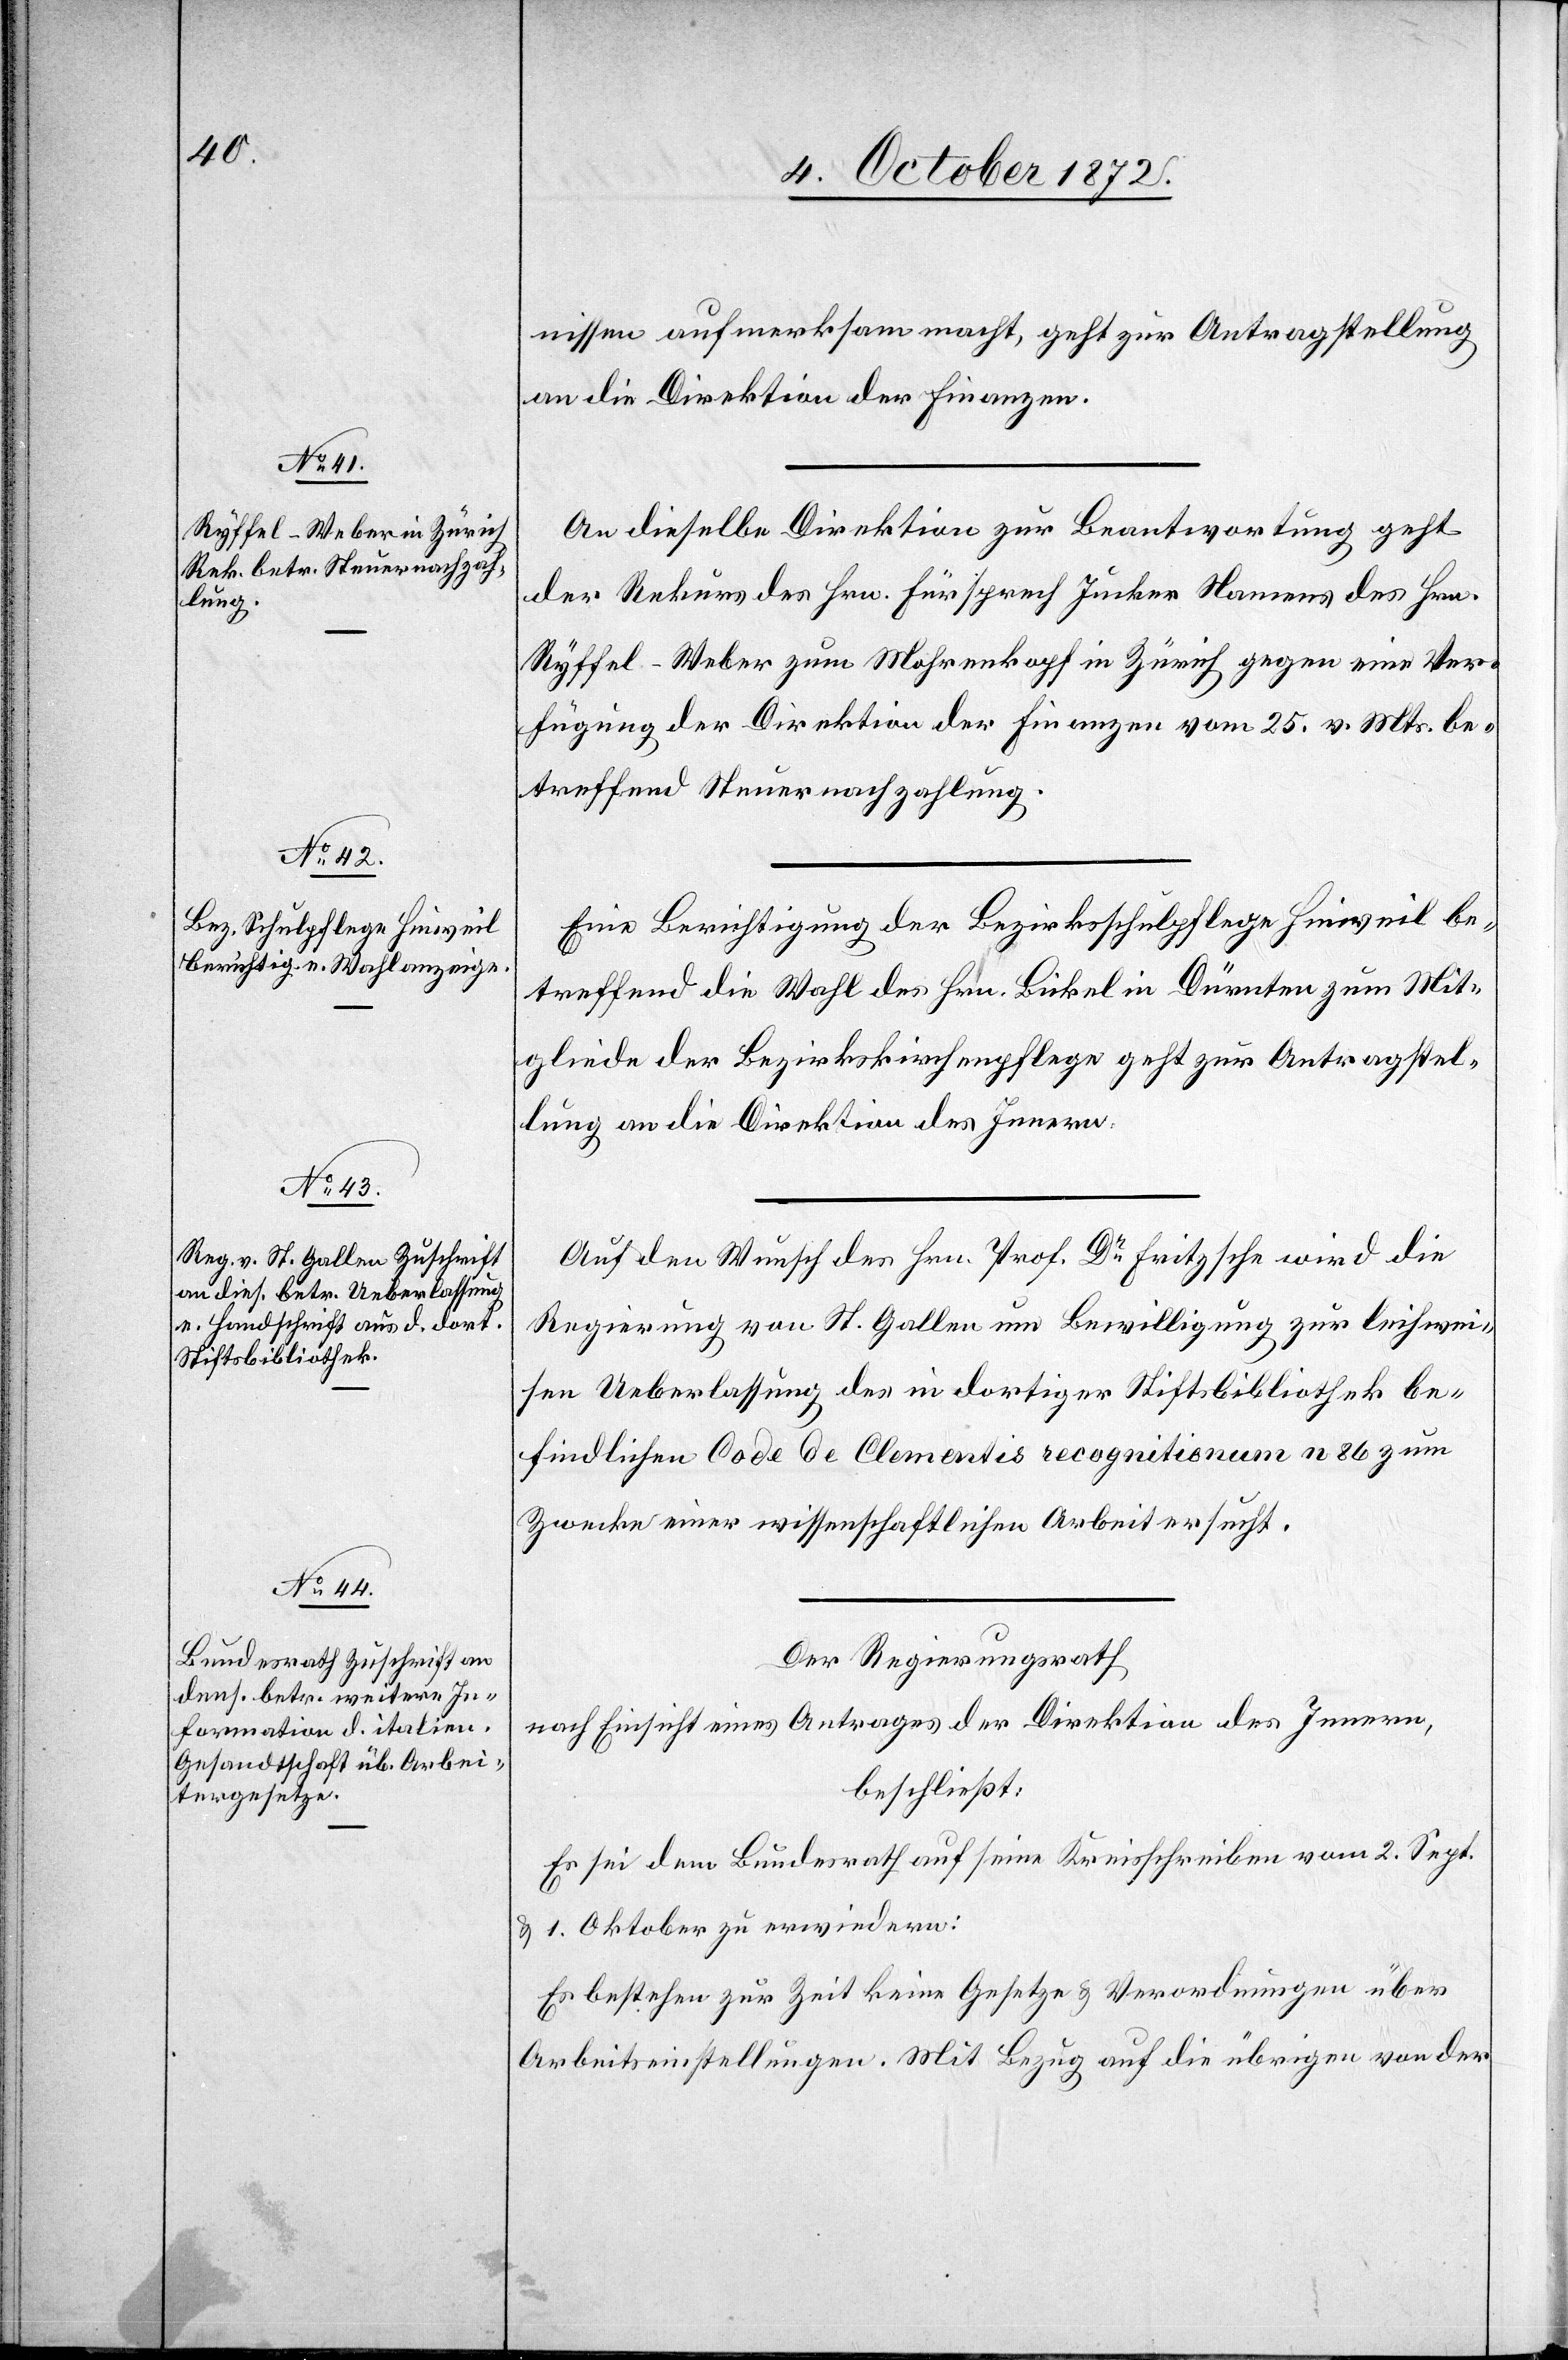
7. October 1872.]
nissen aufmerksam macht, geht zur Antragstellung
an die Direktion der Finanzen.
An dieselbe Direktion zur Beantwortung geht
der Rekurs des Hrn. Fürsprech Jucker Namens des Hrn.
Ryffel-Weber zu Mohrenkopf in Zürich gegen eine Ver¬
fügung der Direktion der Finanzen vom 25. v. Mts. be¬
treffend Steuernachzahlung.
Eine Berichtigung der Bezirksschulpflege Hinweil be¬
treffend die Wahl des Hrn. Bickel in Dürnten zum Mit¬
gliede der Bezirkskirchenpflege geht zur Antragstel¬
lung an die Direktion des Innern.
Auf den Wunsch des Hrn. Prof. Dr Fritzsche wird die
Regierung von St. Gallen um Bewilligung zur leihwei¬
sen Ueberlassung des in dortiger Stiftsbibliothek be¬
findlichen Code de Clementis recognitionum n 86 zum
Zwecke einer wissenschaftlichen Arbeit ersucht.
Der Regierungsrath
nach Einsicht eines Antrages der Direktion des Innern,
beschließt:
Es sei dem Bundesrath auf seine Kreisschreiben vom 2. Sept.
u. 1. Oktober zu erwiedern:
Es bestehen zur Zeit keine Gesetze u. Verordnungen über
Arbeitseinstellungen. Mit Bezug auf die übrigen von der